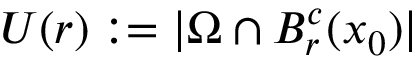
U ( r ) : = | \Omega \cap B _ { r } ^ { c } ( x _ { 0 } ) |